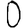
Digit: 0